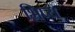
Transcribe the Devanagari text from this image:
भ्रिप्य